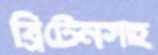
ব্রিটেনসহ